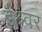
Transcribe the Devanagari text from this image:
ईश्र्वर